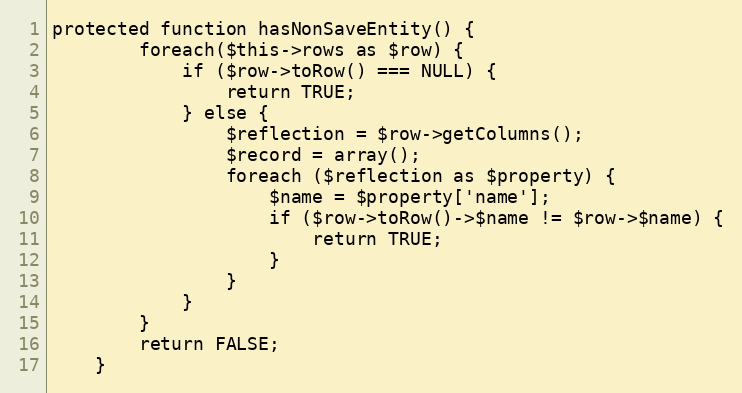
Language: PHP
protected function hasNonSaveEntity() {
		foreach($this->rows as $row) {
			if ($row->toRow() === NULL) {
				return TRUE;
			} else {
				$reflection = $row->getColumns();
				$record = array();
				foreach ($reflection as $property) {
					$name = $property['name'];
					if ($row->toRow()->$name != $row->$name) {
						return TRUE;
					}
				}
			}
		}
		return FALSE;
	}